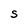
Character: S